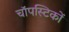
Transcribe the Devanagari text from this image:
चॉपस्टिकों